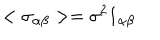
LaTeX: < \sigma _ { \alpha \beta } > = \sigma ^ { 2 } 1 _ { \alpha \beta }